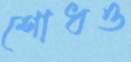
শোধও